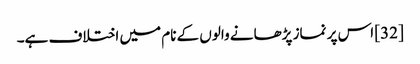
[32] اس پر نماز پڑھانے والوں کے نام میں اختلاف ہے۔